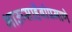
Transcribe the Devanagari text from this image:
भाऊसाहेबांप्रमाणे